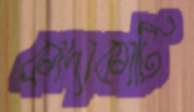
কাদাকাটি